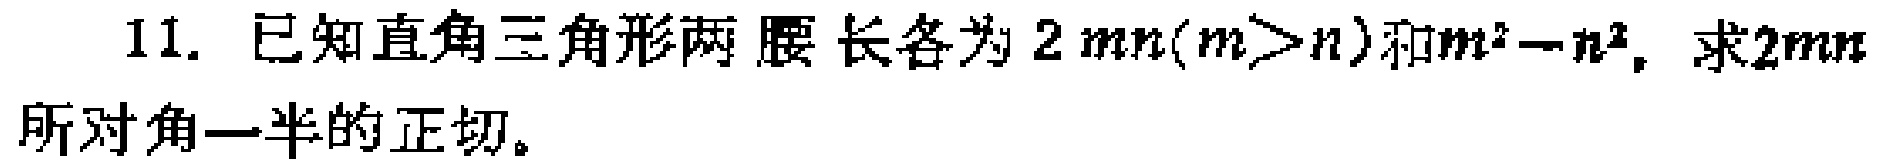
11. 已知直角三角形两腰长各为\(2mn(m > n)\)和\(m^{2}-n^{2}\)，求\(2mn\)所对角一半的正切。